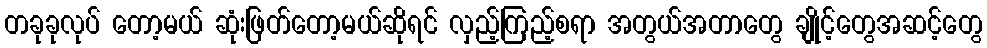
တခုခုလုပ် တော့မယ် ဆုံးဖြတ်တော့မယ်ဆိုရင် လှည့်ကြည့်စရာ အတွယ်အတာတွေ ချိုင့်တွေအဆင့်တွေ